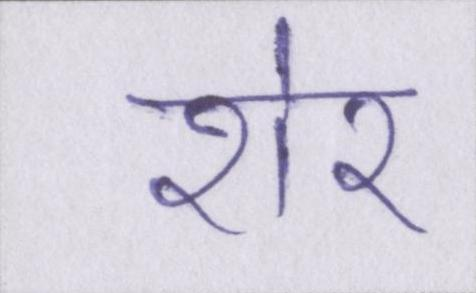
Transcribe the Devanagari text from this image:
शेर